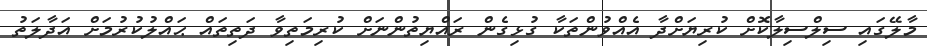
މާލޭގައި ސިލްސިލާކޮށް ކުރިޔަށްދާ އެއްވުންތަކާ ގުޅިގެން ރައްޔިތުންނަށް ކުރިމަތިވާ ދަތިތައް ޙައްލުކުރުމަށް އަދާލަތު